system: You are a helpful assistant.
user:
Analyze the provided spectrum to determine if it is a **Carbon Star (C-type)**.

- **Key Visual Indicators of Carbon Star:**
    - **(Primary):** Strong molecular absorption from **C₂ (diatomic carbon) "Swan Bands."** This is the **defining feature** of a carbon star.
        - **(Key Bandheads):** Sharp absorption edges are visible at approximately $5635$ Å, $5165$ Å (the strongest band), and $4737$ Å.
        - **(Line Profile):** Creates a distinct **"saw-tooth"** pattern. The key morphology is a sharp, steep bandhead on the **red (long-wavelength) side**, which then gradually tapers off (i.e., flux recovers) towards the **blue (short-wavelength) side**. *(This is the direct opposite of the TiO bands seen in M-type stars)*.

    - **(Secondary):** Intense **CN (cyanogen)** molecular absorption bands.
        - **(Key Bandheads):** Located in the blue and violet regions of the spectrum (e.g., near $4215$ Å and $3883$ Å).
        - **(Morphology):** These bands are extremely broad and act as a "blanket," absorbing the vast majority of blue and violet light. This creates a characteristic **"cliff"** or **"steep drop-off"** in the spectrum's flux at short wavelengths.

    - **(Key Confirmation):** Strong **CH absorption band (G-band)**.
        - **(Key Bandhead):** Located around $4300$ Å. The contribution from CH molecules to this band is exceptionally strong.

    - **(Overall Spectrum):**
        - The continuum is severely "chopped up" by these deep molecular bands, especially C₂, rather than appearing as a smooth curve.
        - Due to the heavy CN and C₂ absorption in the blue-green, the vast majority of the star's flux is concentrated in the red part of the spectrum, giving the star its characteristic deep red color.

Think first, call **spectral_visualization_tool** if needed to examine features in detail, then provide your final answer. Your response must adhere to the following strict rules:
1.  **Overall Structure:** Your response must follow the format `<think>...</think> <tool_call>...</tool_call> (if a tool is used) <answer>...</answer>`.
2.  **Tool Usage Constraint:** You may only make **one** tool call per turn.
3.  **Final Answer Format:** In the `<answer>` tag, your conclusion must be inside a `\boxed{}` command (e.g., `\boxed{YES}`), followed by your justification.

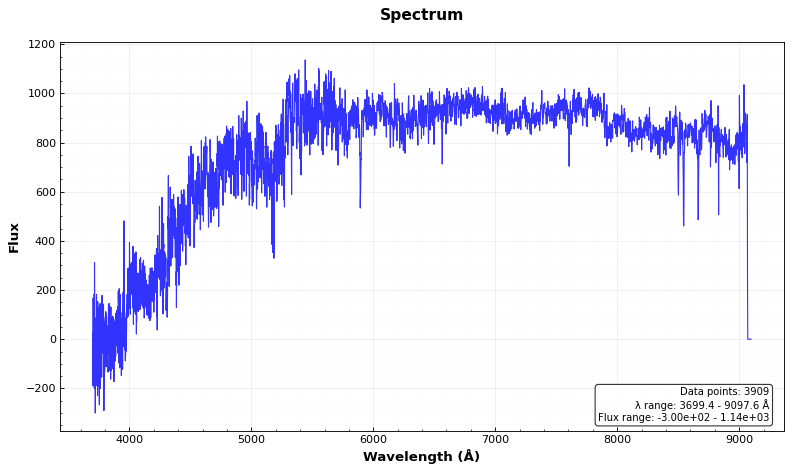
Answer: NO